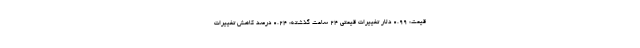
قیمت: ۰.۹۹ دلار تغییرات قیمتی ۲۴ ساعت گذشته: ۰.۲۴ درصد کاهش تغییرات